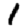
Digit: 1